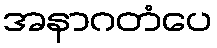
အနာဂတံပေ